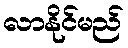
လာနိုင်မည်